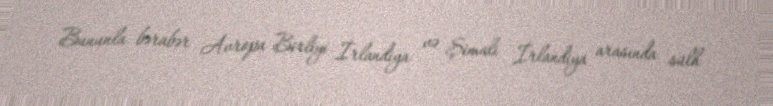
Bununla bərabər Avropa Birliyi İrlandiya və Şimali İrlandiya arasında sülh